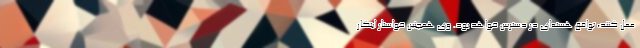
عمل کنند، توافق هسته‌ای در دسترس خواهد بود. وی همچنین خواستار ابتکار